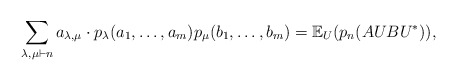
\begin{align*} \sum_{\lambda,\mu \vdash n} a_{\lambda,\mu} \cdot p_{\lambda}(a_1,\ldots,a_m)p_{\mu}(b_1,\ldots,b_m) = \mathbb{E}_U(p_{n}(AUBU^*)),\end{align*}